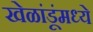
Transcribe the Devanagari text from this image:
खेळांडूंमध्ये